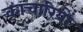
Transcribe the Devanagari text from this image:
क़ाचारियों